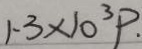
1 . 3 \times 1 0 ^ { 3 } P .